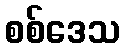
စစ်ဒေသ